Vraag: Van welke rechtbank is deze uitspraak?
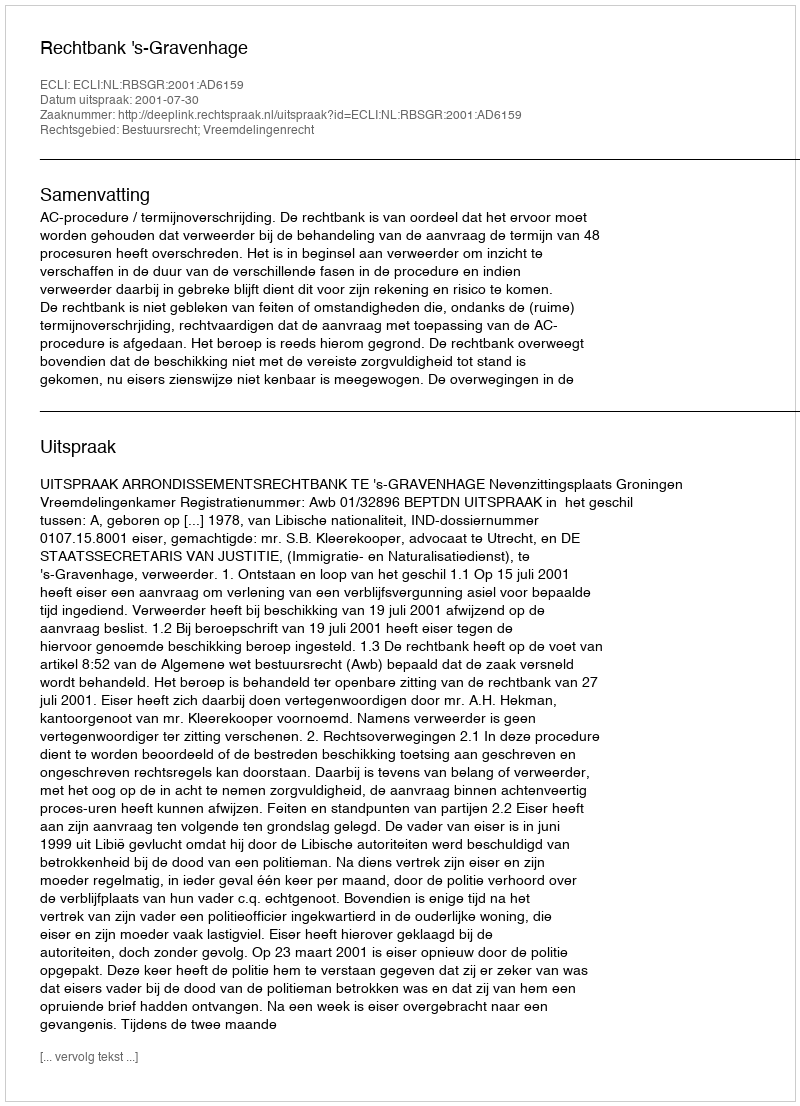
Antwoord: Rechtbank 's-Gravenhage